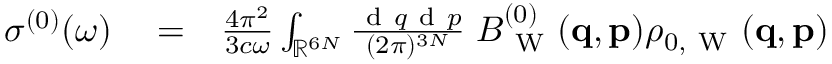
\begin{array} { r l r } { \sigma ^ { ( 0 ) } ( \omega ) } & { { } = } & { \frac { 4 \pi ^ { 2 } } { 3 c \omega } \int _ { \mathbb { R } ^ { 6 N } } \frac { \ensuremath { \mathrm { ~ d ~ } } \b { q } \ensuremath { \mathrm { ~ d ~ } } \b { p } } { ( 2 \pi ) ^ { 3 N } } \; B _ { \mathrm { ~ W ~ } } ^ { ( 0 ) } ( \ensuremath { \mathbf { q } } , \ensuremath { \mathbf { p } } ) \rho _ { 0 , \mathrm { ~ W ~ } } ( \ensuremath { \mathbf { q } } , \ensuremath { \mathbf { p } } ) } \end{array}